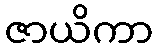
ဇာယိကာ